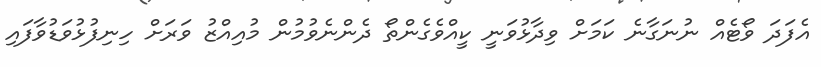
އެފަދަ ވޯޓެއް ނުނަގާނެ ކަމަށް ވިދާޅުވަނީ ކީއްވެގެންތޯ ދެންނެވުމުން މުއިއްޒު ވަރަށް ހިނިފުޅުވަޑުވާފައި